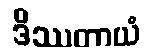
ဒိဿတာယံ